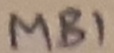
Text: MB1